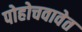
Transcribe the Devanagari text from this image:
पोहोचवावेत